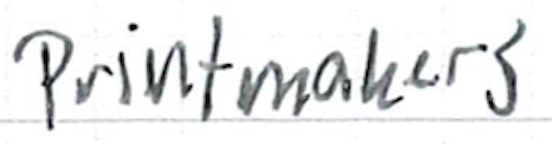
Text: printmakers
Cross-out: clean
Writing tool: ballpoint